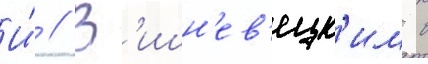
И́ // В'ишн'ев'ецк'им в